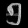
Digit: ၅